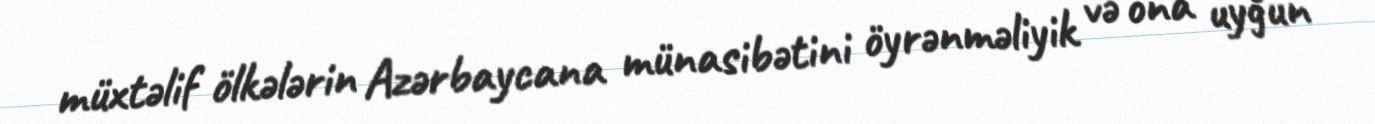
müxtəlif ölkələrin Azərbaycana münasibətini öyrənməliyik və ona uyğun